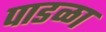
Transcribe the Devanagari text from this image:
पाडळा